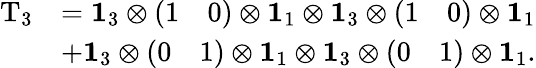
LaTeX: \begin{array}{rl}{\mathrm{T}_{3}}&{=\mathbf{1}_{3}\otimes\left(\begin{array}{ll}{1}&{0}\end{array}\right)\otimes\mathbf{1}_{1}\otimes\mathbf{1}_{3}\otimes\left(\begin{array}{ll}{1}&{0}\end{array}\right)\otimes\mathbf{1}_{1}}\\ &{+\mathbf{1}_{3}\otimes\left(\begin{array}{ll}{0}&{1}\end{array}\right)\otimes\mathbf{1}_{1}\otimes\mathbf{1}_{3}\otimes\left(\begin{array}{ll}{0}&{1}\end{array}\right)\otimes\mathbf{1}_{1}.}\end{array}